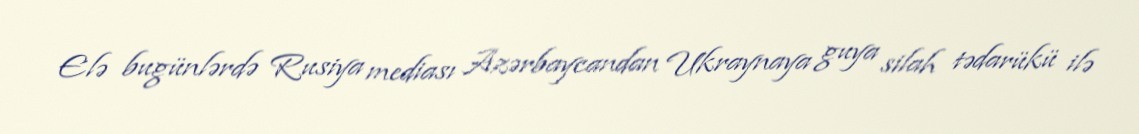
Elə bugünlərdə Rusiya mediası Azərbaycandan Ukraynaya guya silah tədarükü ilə